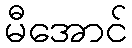
မီအောင်